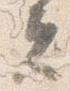
者